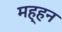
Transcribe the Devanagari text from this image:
मह्हन